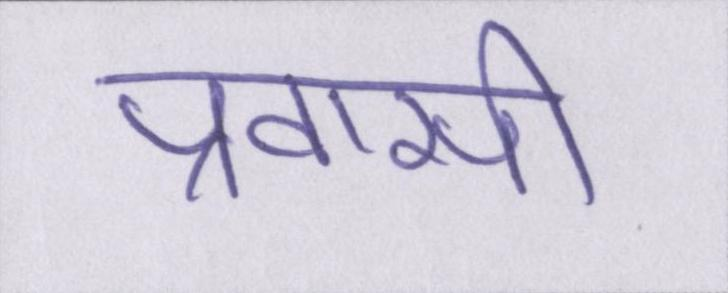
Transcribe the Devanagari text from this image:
प्रवासी